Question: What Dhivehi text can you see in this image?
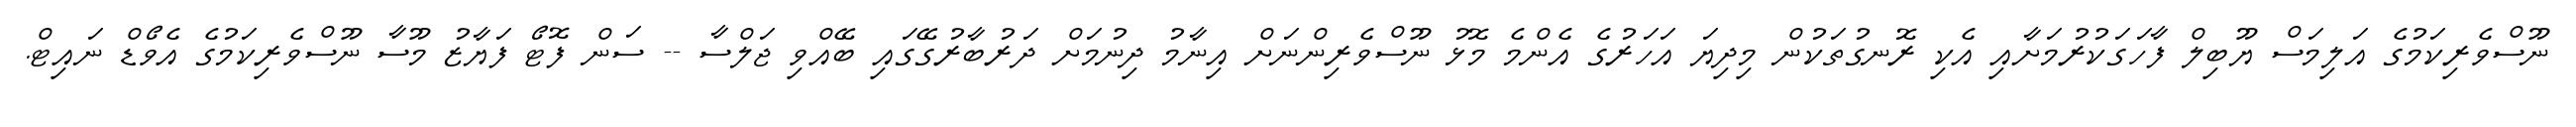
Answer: ނޫސްވެރިކަމުގެ އަލިމަސް ޔޫބިލް ފާހަގަކުރުމަށާއި އެކި ރޮނގުތަކުން މިދިޔަ އަހަރުގެ އެންމެ މޮޅު ނޫސްވެރިންނަށް އިނާމު ދިނުމަށް ދަރުބާރުގޭގައި ބޭއްވި ޖަލްސާ -- ސަން ފޮޓޯ ފަޔާޒު މޫސާ ނޫސްވެރިކަމުގެ އެވޯޑް ނައިޓް.